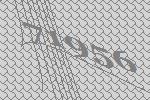
71956